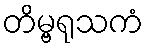
တိမ္ဗရုသကံ